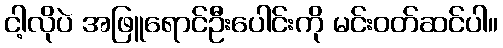
ငါ့လိုပဲ အဖြူရောင်ဦးပေါင်းကို မင်းဝတ်ဆင်ပါ။